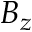
B _ { z }